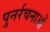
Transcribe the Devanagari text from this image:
पुनर्रचनाओं